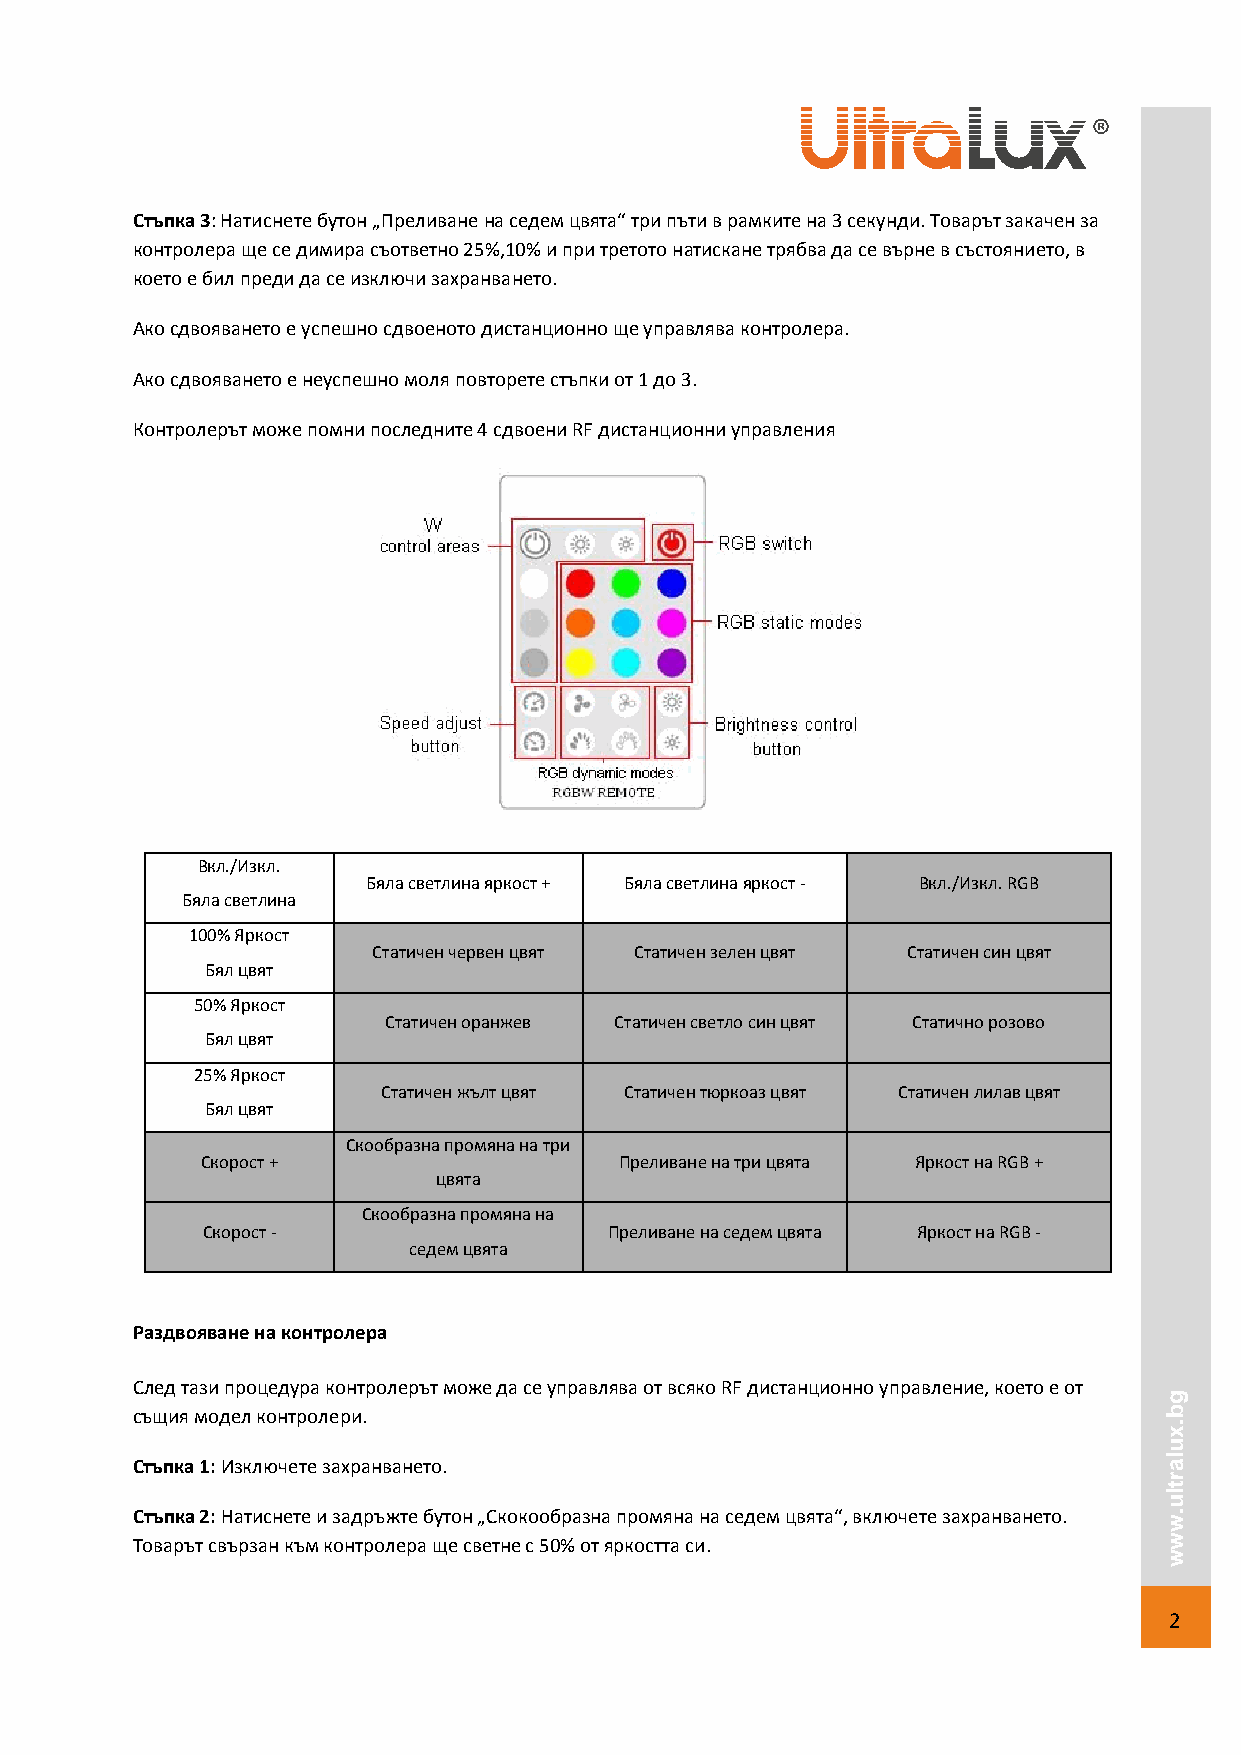
Стъпка 3: Натиснете бутон „Преливане на седем цвята“ три пъти в рамките на 3 секунди. Товарът закачен за
 контролера ще се димира съответно 25%,10% и при третото натискане трябва да се върне в състоянието, в
 което е бил преди да се изключи захранването.
 Ако сдвояването е успешно сдвоеното дистанционно ще управлява контролера.
 Ако сдвояването е неуспешно моля повторете стъпки от 1 до 3.
 Контролерът може помни последните 4 сдвоени RF дистанционни управления
 Вкл./Изкл.
 Бяла светлина яркост + Бяла светлина яркост - Вкл./Изкл. RGB
 Бяла светлина
 100% Яркост
 Статичен червен цвят Статичен зелен цвят Статичен син цвят
 Бял цвят
 50% Яркост
 Статичен оранжев Статичен светло син цвят Статично розово
 Бял цвят
 25% Яркост
 Статичен жълт цвят Статичен тюркоаз цвят Статичен лилав цвят
 Бял цвят
 Скообразна промяна на три
 Скорост +                   Преливане на три цвята Яркост на RGB +
 цвята
 Скообразна промяна на
 Скорост -                  Преливане на седем цвята Яркост на RGB -
 седем цвята
 Раздвояване на контролера
 След тази процедура контролерът може да се управлява от всяко RF дистанционно управление, което е от
 g
 същия модел контролери.                                             b
 .
 x
 u
 l
 Стъпка 1: Изключете захранването.                                   a
 r
 t
 l
 u
 Стъпка 2: Натиснете и задръжте бутон „Скокообразна промяна на седем цвята“, включете захранването. . w
 Товарът свързан към контролера ще светне с 50% от яркостта си.      w
 w
 2